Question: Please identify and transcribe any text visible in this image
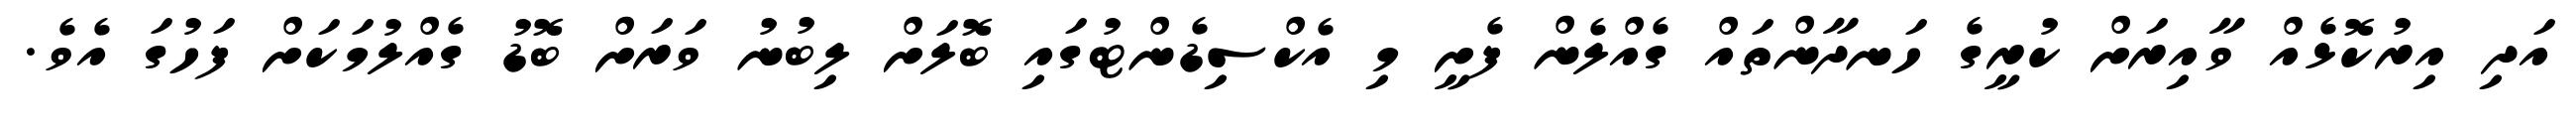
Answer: އަދި އިރުކޮޅެއް ވާއިރަށް ކުރީގެ ހަނދާންތައް ގެއްލެން ފެށީ މި އެކްސިޑެންޓުގައި ބޮލަށް ލިބުނު ވަރަށް ބޮޑު ގެއްލުމަކަށް ފަހުގަ އެވެ.